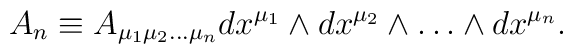
A_n \equiv A_{\mu_{1}\mu_{2} \ldots \mu_{n}} dx^{\mu_{1}} \wedge dx^{\mu_{2}}\wedge \ldots \wedge dx^{\mu_{n}}.